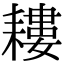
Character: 耬